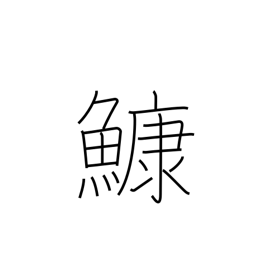
Meaning: anglerfish